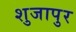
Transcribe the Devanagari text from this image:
शुजापुर